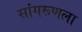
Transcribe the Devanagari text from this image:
सांगरूणला